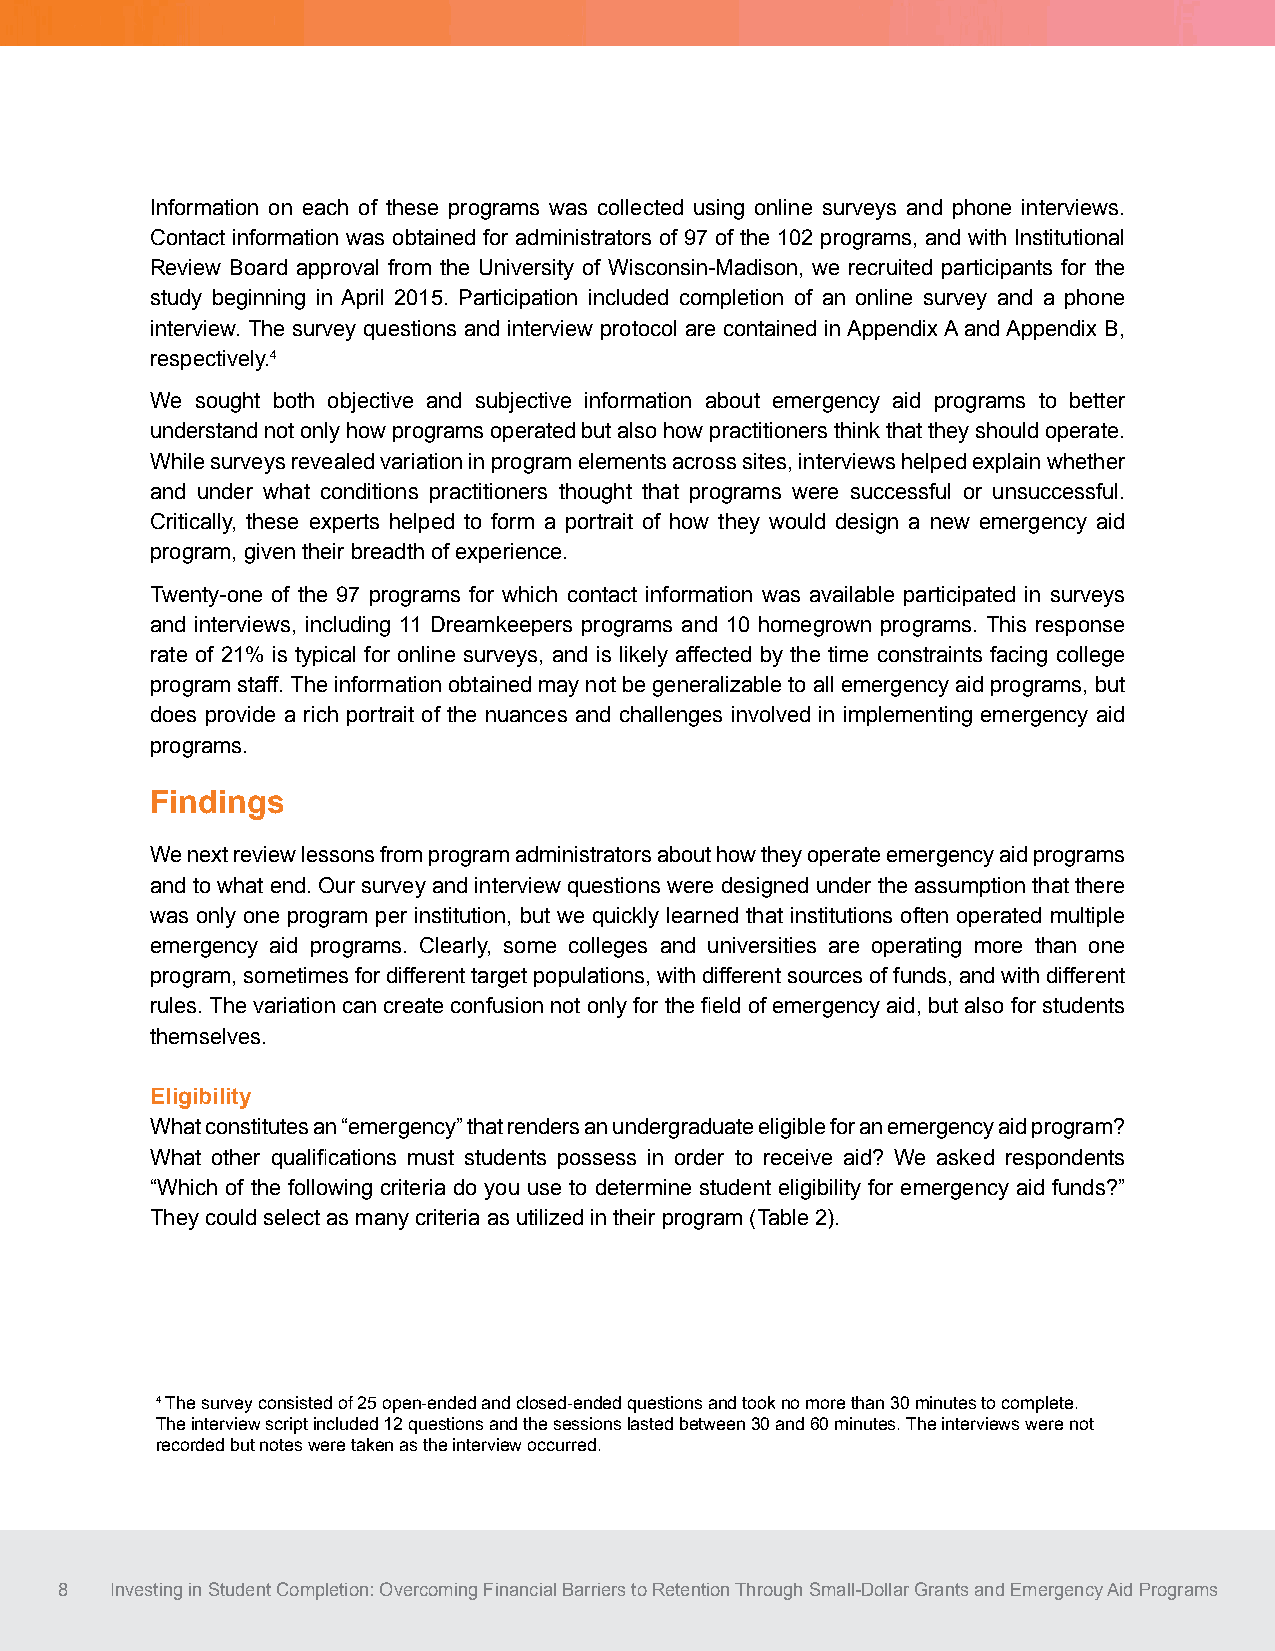
Information on each of these programs was collected using online surveys and phone interviews.
 Contact information was obtained for administrators of 97 of the 102 programs, and with Institutional
 Review Board approval from the University of Wisconsin-Madison, we recruited participants for the
 study beginning in April 2015. Participation included completion of an online survey and a phone
 interview. The survey questions and interview protocol are contained in Appendix A and Appendix B,
 respectively.4
 We sought both objective and subjective information about emergency aid programs to better
 understand not only how programs operated but also how practitioners think that they should operate.
 While surveys revealed variation in program elements across sites, interviews helped explain whether
 and under what conditions practitioners thought that programs were successful or unsuccessful.
 Critically, these experts helped to form a portrait of how they would design a new emergency aid
 program, given their breadth of experience.
 Twenty-one of the 97 programs for which contact information was available participated in surveys
 and interviews, including 11 Dreamkeepers programs and 10 homegrown programs. This response
 rate of 21% is typical for online surveys, and is likely affected by the time constraints facing college
 program staff. The information obtained may not be generalizable to all emergency aid programs, but
 does provide a rich portrait of the nuances and challenges involved in implementing emergency aid
 programs.
 Findings
 We next review lessons from program administrators about how they operate emergency aid programs
 and to what end. Our survey and interview questions were designed under the assumption that there
 was only one program per institution, but we quickly learned that institutions often operated multiple
 emergency aid programs. Clearly, some colleges and universities are operating more than one
 program, sometimes for different target populations, with different sources of funds, and with different
 rules. The variation can create confusion not only for the field of emergency aid, but also for students
 themselves.
 Eligibility
 What constitutes an “emergency” that renders an undergraduate eligible for an emergency aid program?
 What other qualifications must students possess in order to receive aid? We asked respondents
 “Which of the following criteria do you use to determine student eligibility for emergency aid funds?”
 They could select as many criteria as utilized in their program (Table 2).
 4 The survey consisted of 25 open-ended and closed-ended questions and took no more than 30 minutes to complete.
 The interview script included 12 questions and the sessions lasted between 30 and 60 minutes. The interviews were not
 recorded but notes were taken as the interview occurred.
 8  Investing in Student Completion: Overcoming Financial Barriers to Retention Through Small-Dollar Grants and Emergency Aid Programs